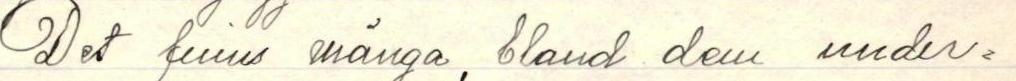
Det finns många, bland den under-